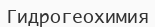
Гидрогеохимия